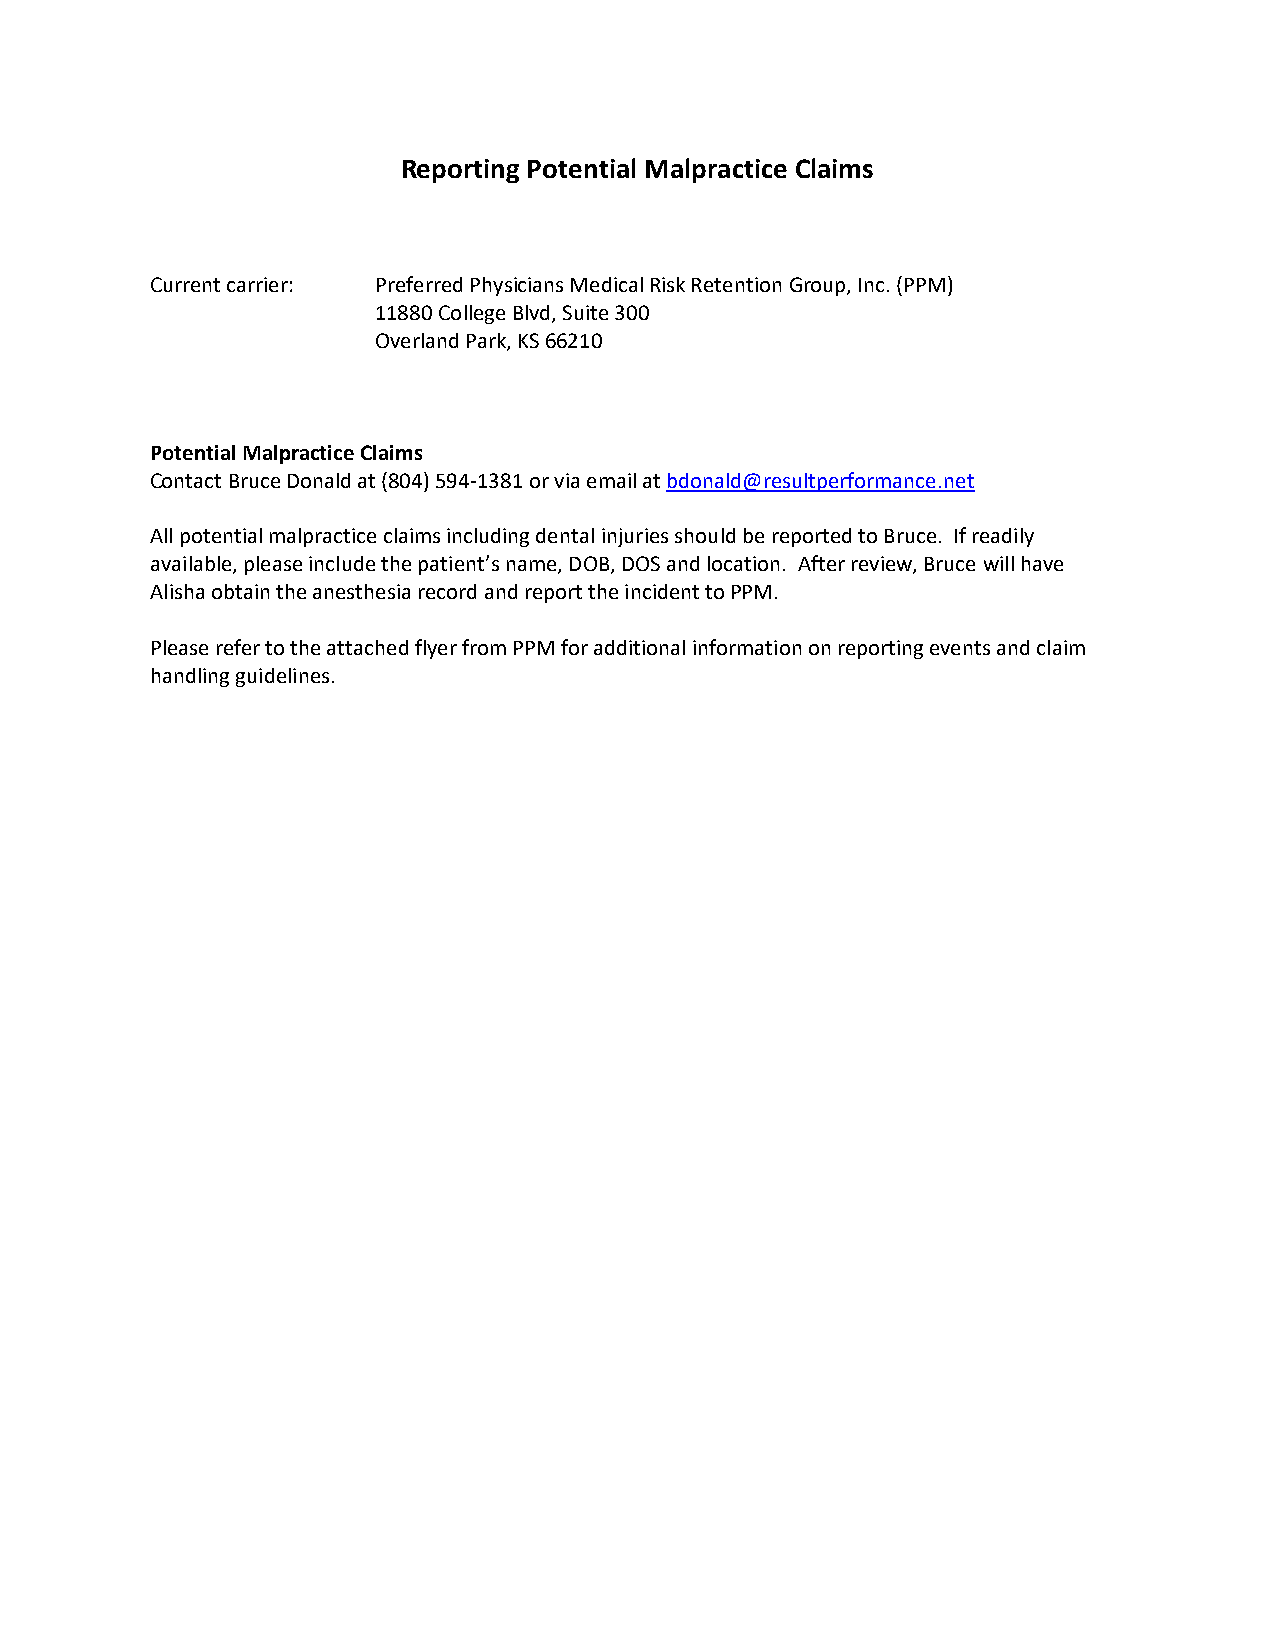
Reporting Potential Malpractice Claims
 Current carrier: Preferred Physicians Medical Risk Retention Group, Inc. (PPM)
 11880 College Blvd, Suite 300
 Overland Park, KS 66210
 Potential Malpractice Claims
 Contact Bruce Donald at (804) 594‐1381 or via email at bdonald@resultperformance.net
 All potential malpractice claims including dental injuries should be reported to Bruce. If readily
 available, please include the patient’s name, DOB, DOS and location. After review, Bruce will have
 Alisha obtain the anesthesia record and report the incident to PPM.
 Please refer to the attached flyer from PPM for additional information on reporting events and claim
 handling guidelines.